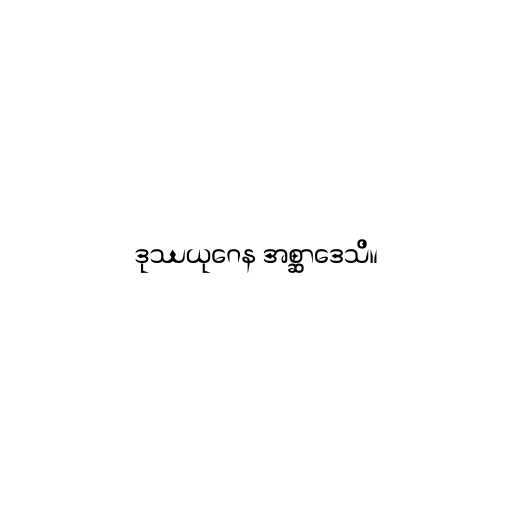
ဒုဿယုဂေန အစ္ဆာဒေသိ။